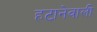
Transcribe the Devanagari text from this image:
हटानेवाली